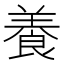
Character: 養